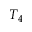
T _ { 4 }